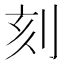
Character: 刻